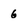
Character: 6